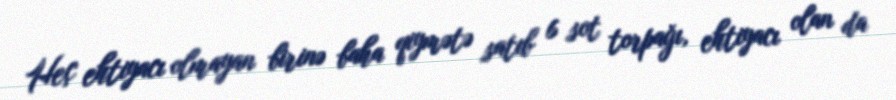
Heç ehtiyacı olmayan birinə baha qiymətə satıb 6 sot torpağı, ehtiyacı olan da